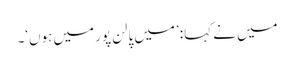
میں نے کہا: ’میں پالن پور میں ہوں‘۔